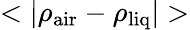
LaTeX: <|\rho_{\mathrm{air}}-\rho_{\mathrm{liq}}|>